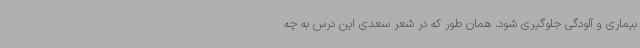
بیماری و آلودگی جلوگیری شود. همان طور که در شعر سعدی این درس به چه